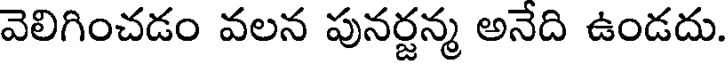
వెలిగించడం వలన పునర్జన్మ అనేది ఉండదు.